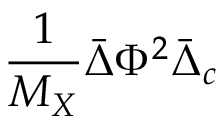
{ \frac { 1 } { M _ { X } } } \bar { \Delta } \Phi ^ { 2 } \bar { \Delta } _ { c }